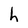
Character: h